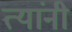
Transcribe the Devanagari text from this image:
त्‍यांंनी